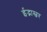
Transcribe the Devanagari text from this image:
ईद्भास्वर